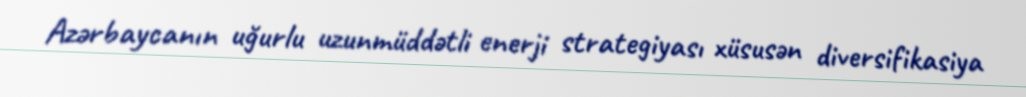
Azərbaycanın uğurlu uzunmüddətli enerji strategiyası xüsusən diversifikasiya